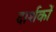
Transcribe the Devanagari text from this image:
दार्शकों